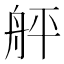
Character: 𦨫